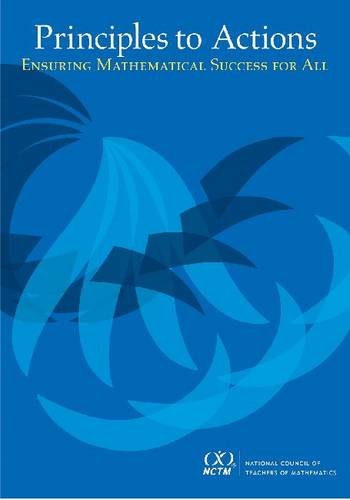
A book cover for Principles to Actions: Ensuring Mathematical Success for All; National Council of Teachers of Mathematics; Science & Math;